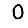
Digit: 0